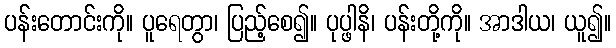
ပန်းတောင်းကို။ ပူရေတွာ၊ ပြည့်စေ၍။ ပုပ္ဖါနိ၊ ပန်းတို့ကို။ အာဒါယ၊ ယူ၍။